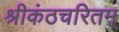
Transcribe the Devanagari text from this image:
श्रीकंठचरितम्